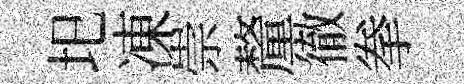
圯凍崇釐徹拳